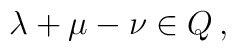
\lambda+\mu-\nu\in Q \,,